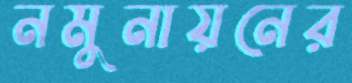
নমুনায়নের